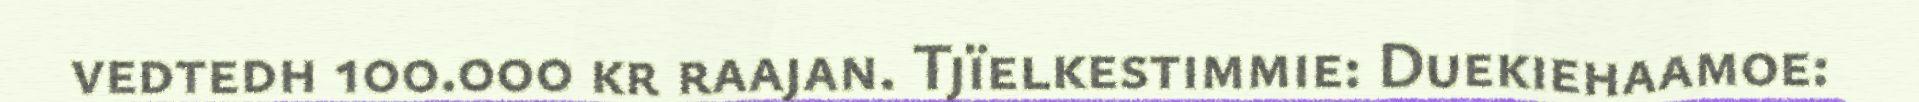
vedtedh 100.000 kr raajan. Tjïelkestimmie: Duekiehaamoe: